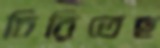
চিরিতেছ